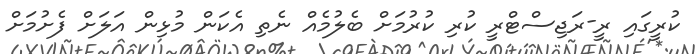
ކުރީގައި ރީ-ރަޖިސްޓްރީ ކުރި ކުރުމަށް ބެލުމެއް ނެތި އެކަން މުޅިން އަލަށް ފެށުމަށް